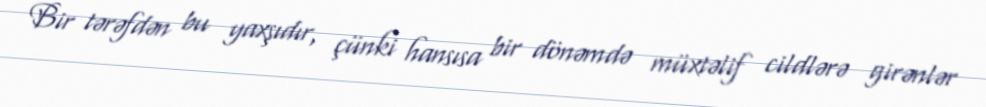
Bir tərəfdən bu yaxşıdır, çünki hansısa bir dönəmdə müxtəlif cildlərə girənlər